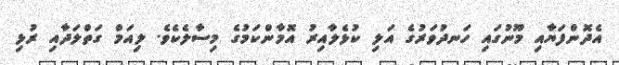
އެދޮންފަޔާއި މޫނުގައި ހަނދުވަރުގެ އަލި ކުޅެލާއިރު އޮމާންކަމުގެ މިސާލެކެވެ. ލިއަމް ގަތްލަދާއި ރުޅި